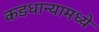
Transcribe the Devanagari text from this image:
कडधान्यामध्ये